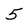
Character: 5